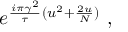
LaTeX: e ^ { { \frac { i \pi \gamma ^ { 2 } } { \tau } } ( u ^ { 2 } + { \frac { 2 u } { N } } ) } \ ,